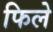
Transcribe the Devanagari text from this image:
फिले